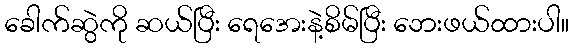
ခေါက်ဆွဲကို ဆယ်ပြီး ရေအေးနဲ့စိမ်ပြီး ဘေးဖယ်ထားပါ။